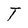
Character: T